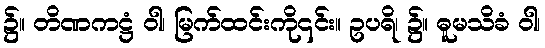
၌။ တိဏကဋ္ဌံ ဝါ၊ မြက်ထင်းကို၎င်း။ ဥပရိ၊ ၌။ ဓူမသိခံ ဝါ၊